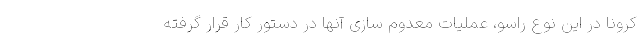
کرونا در این نوع راسو، عملیات معدوم سازی آنها در دستور کار قرار گرفته